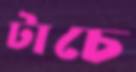
টাচে